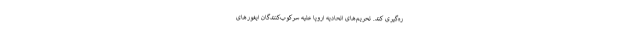
ره‌گیری کند. تحریم‌های اتحادیه اروپا علیه سرکوب‌کنندگان ایغورهای